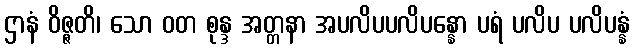
ဌာနံ ဝိဇ္ဇတိ၊ သော ဝတ စုန္ဒ အတ္တနာ အပလိပပလိပန္နော ပရံ ပလိပ ပလိပန္နံ